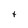
Character: t